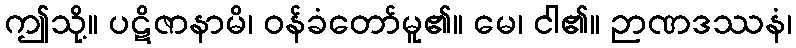
ဤသို့။ ပဋိဇာနာမိ၊ ဝန်ခံတော်မူ၏။ မေ၊ ငါ၏။ ဉာဏဒဿနံ၊